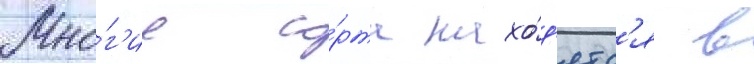
Мно́г'ие со́рта нахо́д'ятс'я в